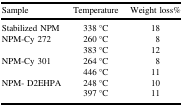
| Sample | Temperature | Weight loss% |
 | --- | --- | --- |
 | Stabilized NPM | 338 °C | 18 |
 | NPM-Cy 272 | 260 °C | 8 |
 |  | 383 °C | 12 |
 | NPM-Cy 301 | 264 °C | 8 |
 |  | 446 °C | 11 |
 | NPM- D2EHPA | 248 °C | 10 |
 |  | 397 °C | 11 |